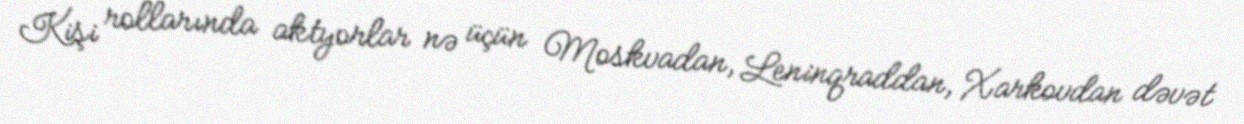
Kişi rollarında aktyorlar nə üçün Moskvadan, Leninqraddan, Xarkovdan dəvət